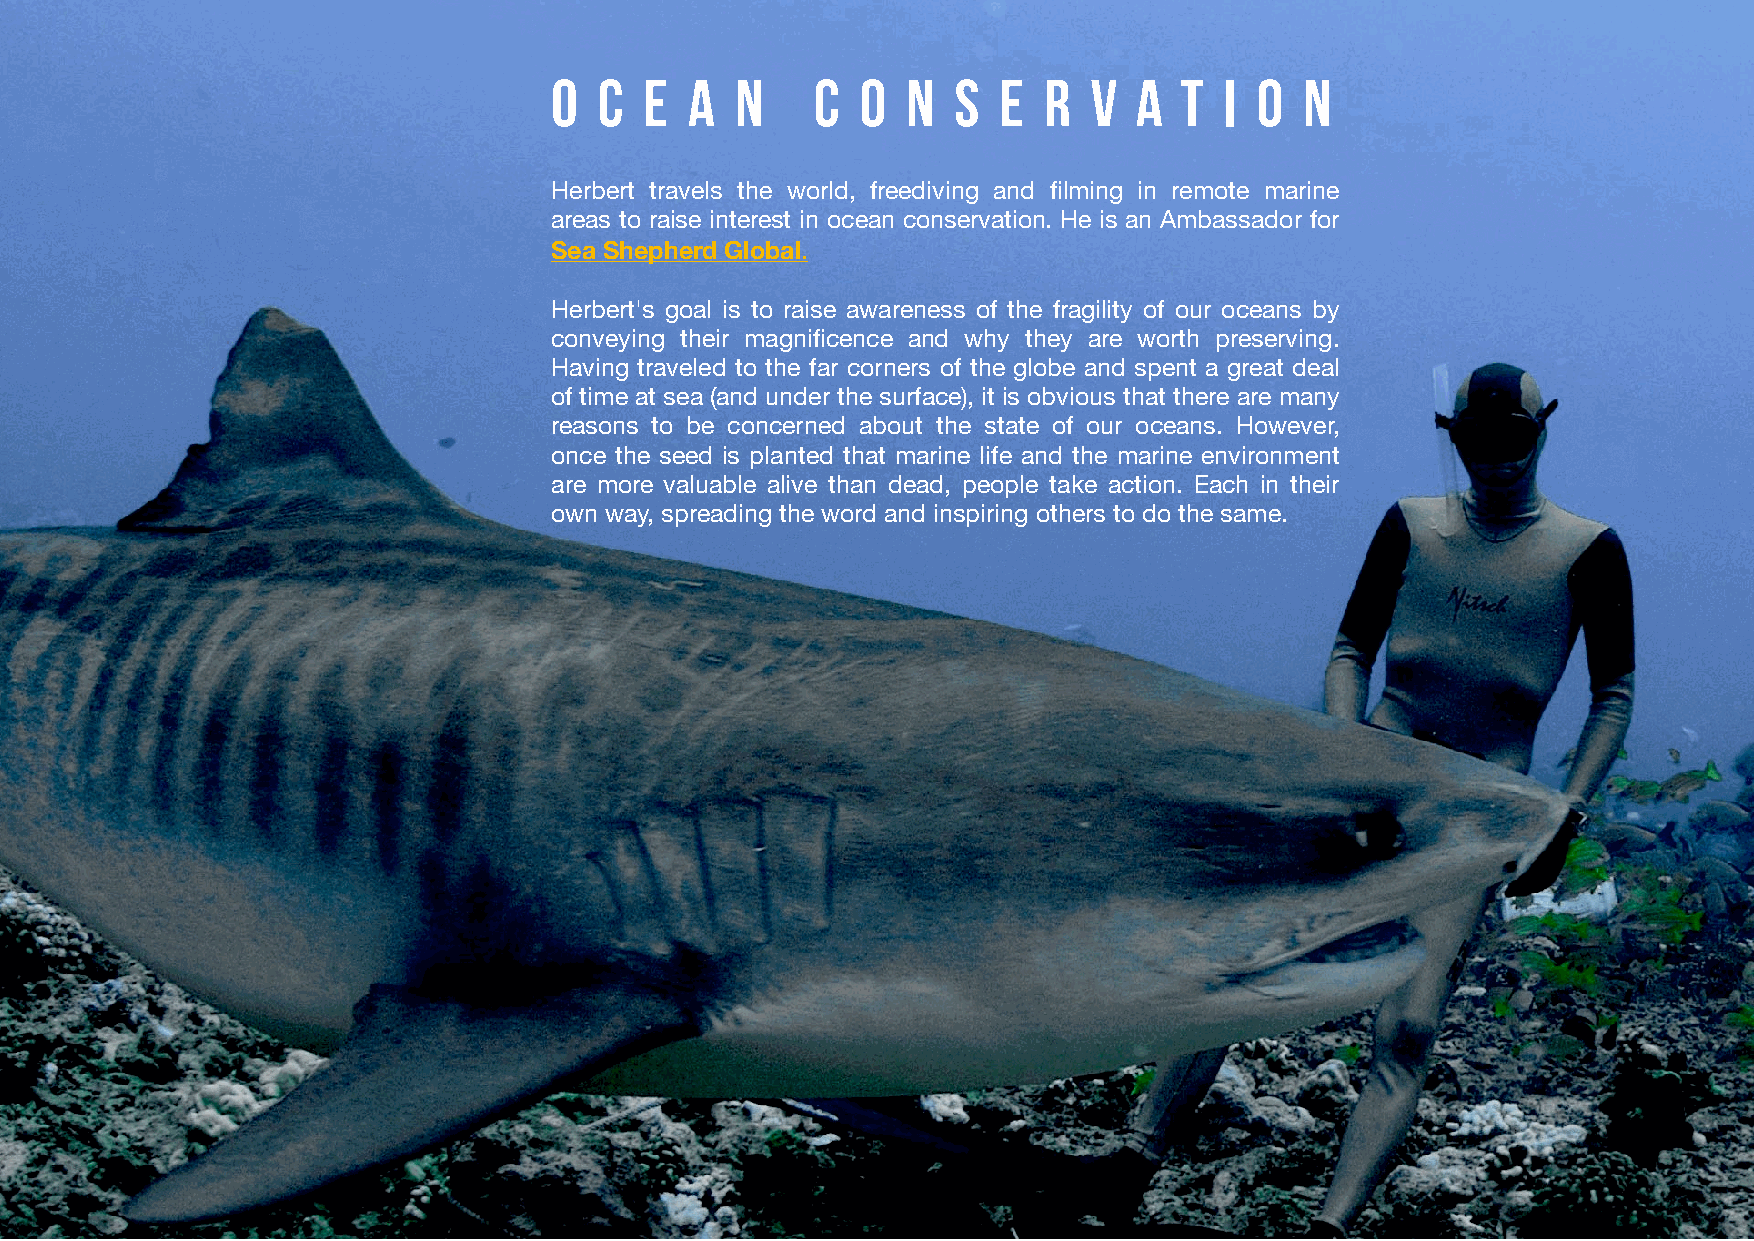
O   C  E  A  N    C  O  N  S  E  R  V  A  T  I O  N
 Herbert travels the world, freediving and filming in remote marine
 areas to raise interest in ocean conservation. He is an Ambassador for
 Sea Shepherd Global.
 Herbert's goal is to raise awareness of the fragility of our oceans by
 conveying their magnificence and why they are worth preserving.
 Having traveled to the far corners of the globe and spent a great deal
 of time at sea (and under the surface), it is obvious that there are many
 reasons to be concerned about the state of our oceans. However,
 once the seed is planted that marine life and the marine environment
 are more valuable alive than dead, people take action. Each in their
 own way, spreading the word and inspiring others to do the same.